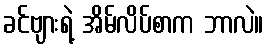
ခင်ဗျားရဲ့ အိမ်လိပ်စာက ဘာလဲ။